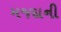
મજદાની